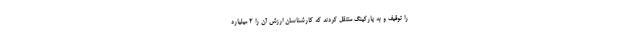
را توقیف و به پارکینگ منتقل کردند که کارشناسان ارزش آن را ۲ میلیارد